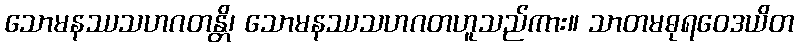
သောမနဿသဟဂတန္တိ၊ သောမနဿသဟဂတဟူသည်ကား။ သာတမဓုရဝေဒယိတ